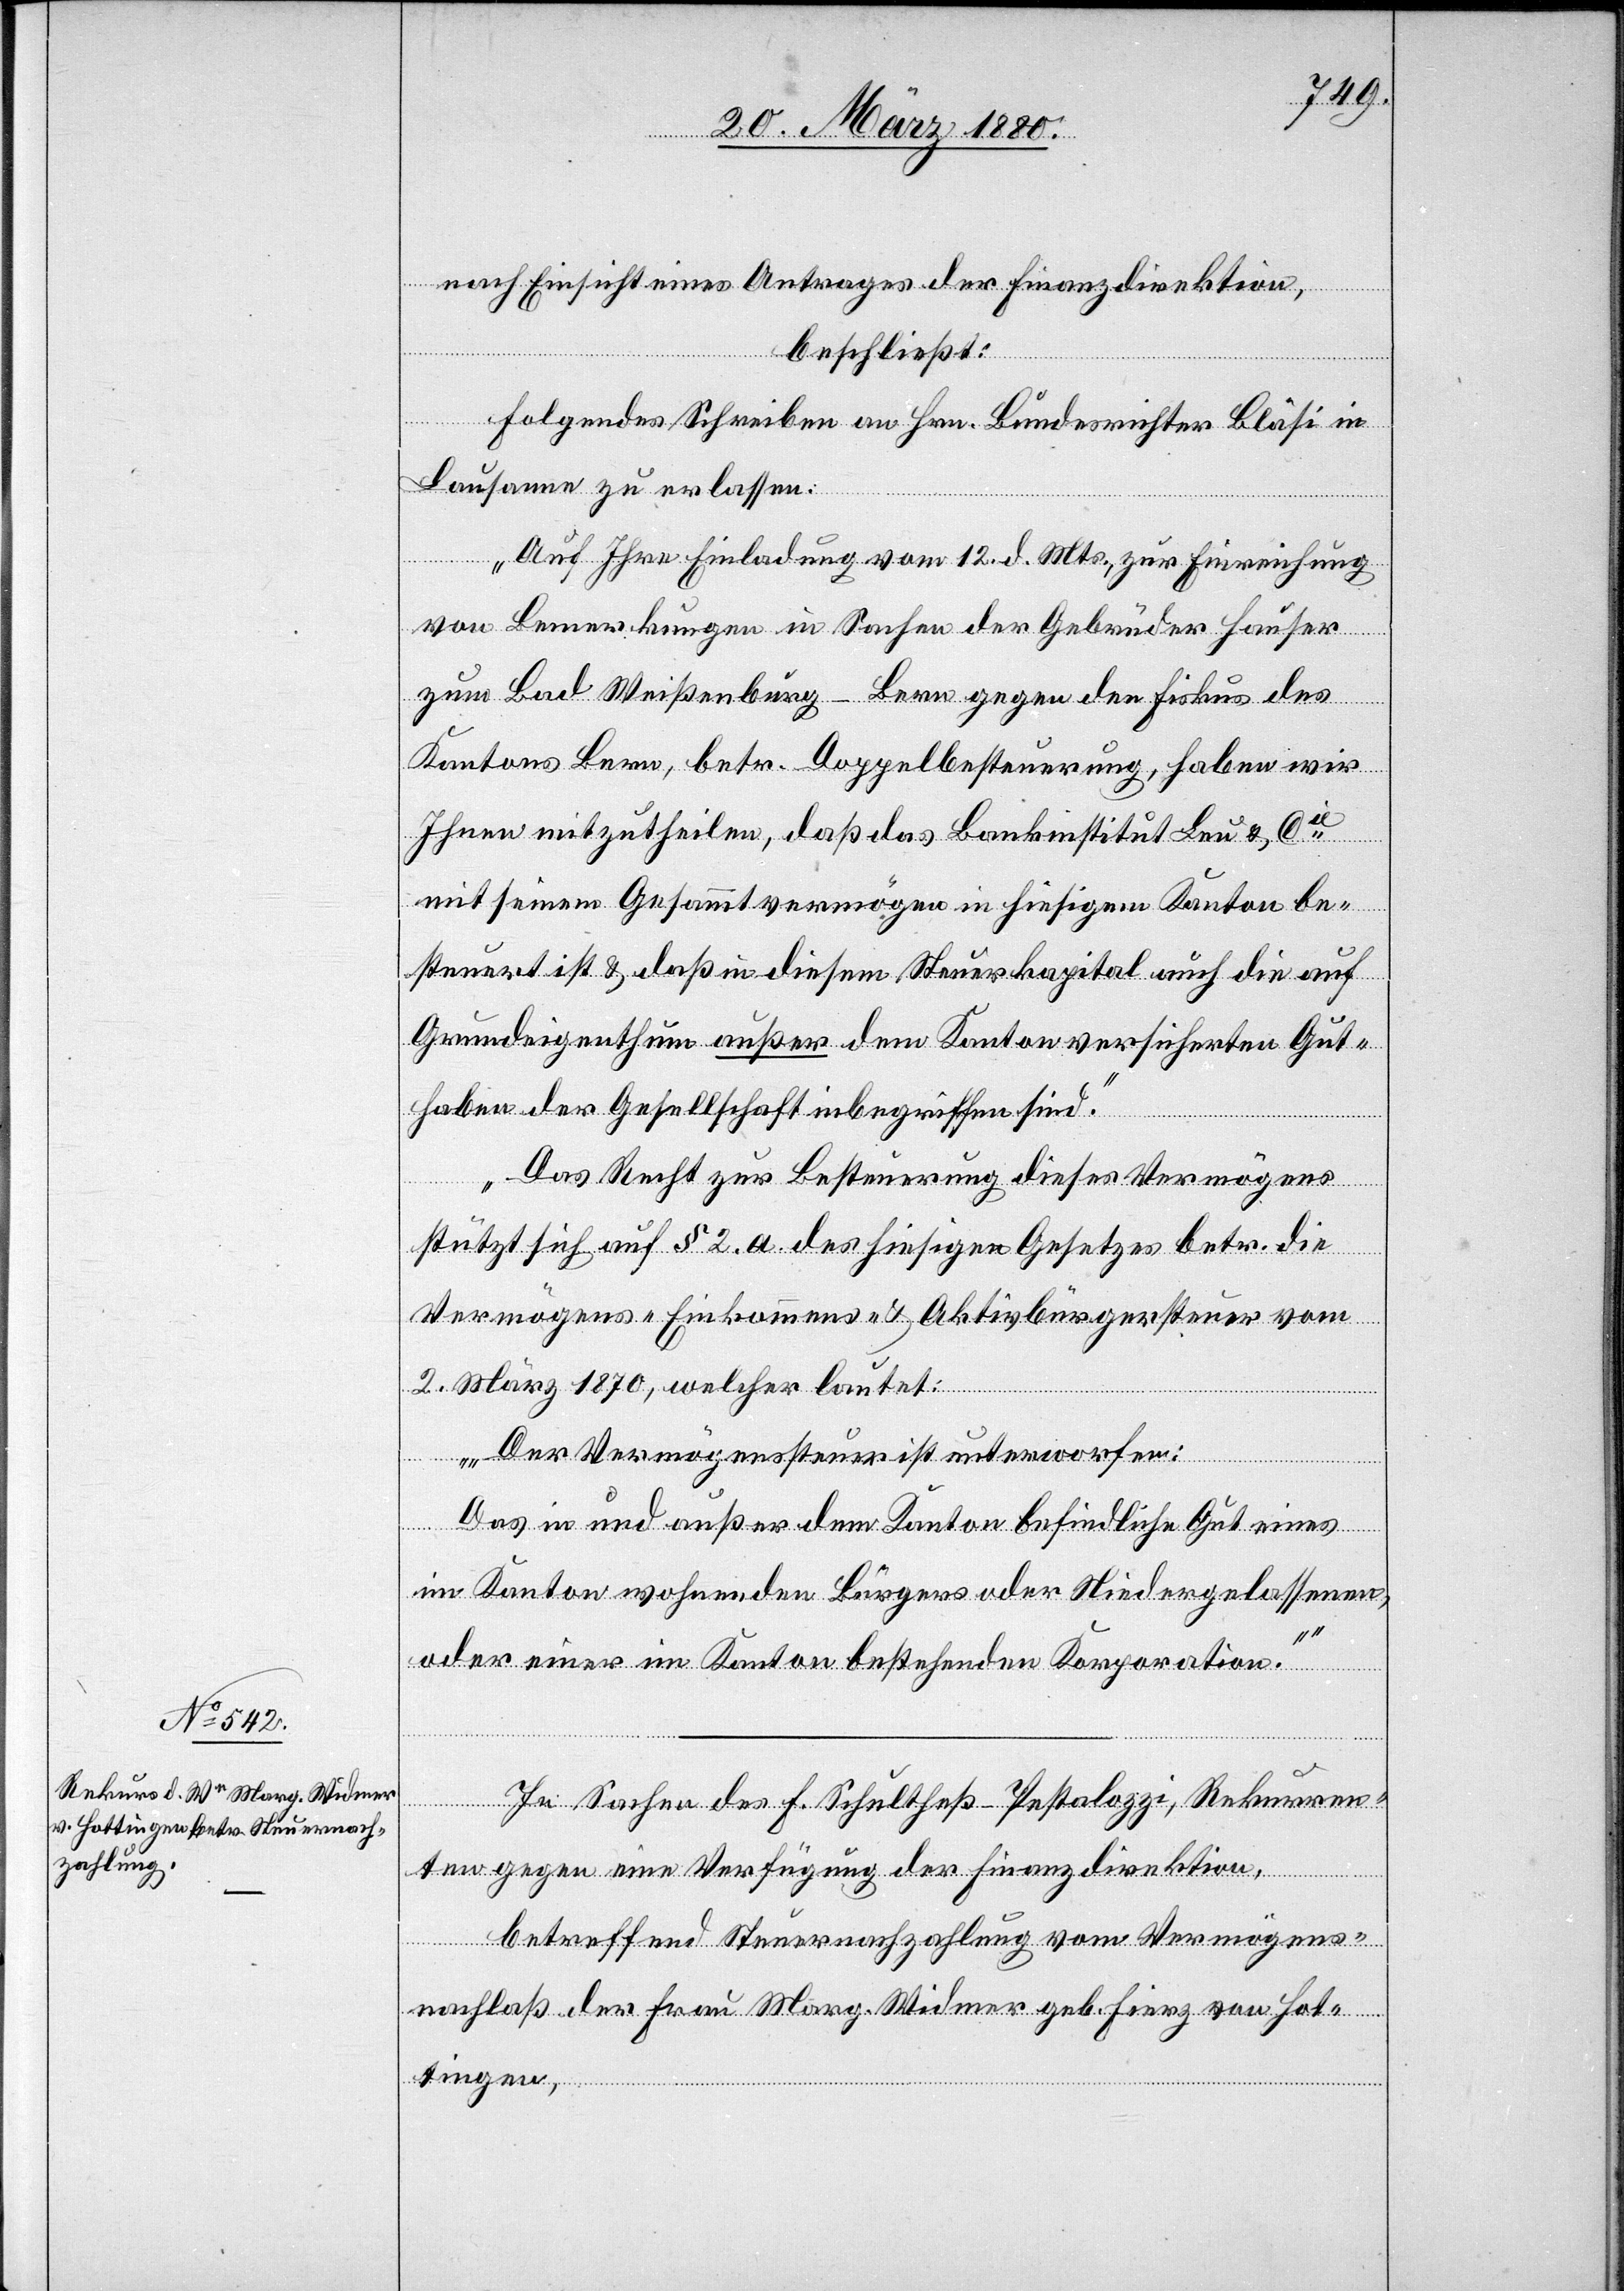
nach Einsicht eines Antrages der Finanzdirektion,
beschließt:
Folgendes Schreiben an Hrn. Bundesrichter Bläsi in
Lausanne zu erlassen:
„Auf Ihre Einladung vom 12. d. Mts., zur Einreichung
von Bemerkungen in Sachen der Gebrüder Hauser
zum Bad Wißenburg - Bern gegen den Fiskus des
Kantons Bern, betr. Doppelbesteuerung, haben wir
Ihnen mitzutheilen, daß das Bankinstitut Leu & Cie
mit seinem Gesammtvermögen in hiesigem Kanton be¬
steuert ist & daß in diesem Steuerkapital auch die auf
Grundeigenthum außer dem Kanton versicherten Gut¬
haben der Gesellschaft inbegriffen sind.
Das Recht zur Besteuerung dieses Vermögens
stützt sich auf § 2. a. des hiesigen Gesetzes betr. die
Vermögens-, Einkommens- & Aktivbürgersteuer vom
2. März 1870, welcher lautet:
Der Vermögenssteuer ist unterworfen:
Das in und außer dem Kanton befindliche Gut eines
im Kanton wohnenden Bürgers oder Niedergelassenen,
oder einer im Kanton bestehenden Korporation.“
In Sachen des F. Schultheß-Pestalozzi, Rekurren¬
ten gegen eine Verfügung der Finanzdirektion,
betreffend Steuernachzahlung vom Vermögens¬
nachlaß der Frau Marg. Widmer geb. Fierz von Hot¬
tingen,